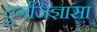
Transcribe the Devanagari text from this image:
दुर्गजिज्ञासा